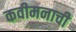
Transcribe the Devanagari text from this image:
कवीमनाची